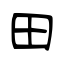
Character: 田